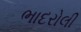
ભાદરોલી